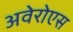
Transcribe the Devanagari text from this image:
अवेरोएस